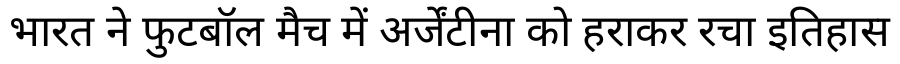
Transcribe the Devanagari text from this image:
भारत ने फुटबॉल मैच में अर्जेंटीना को हराकर रचा इतिहास